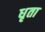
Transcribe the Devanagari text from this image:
धृता